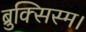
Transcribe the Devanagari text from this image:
ब्रुक्सिस्म।